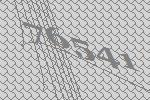
76541